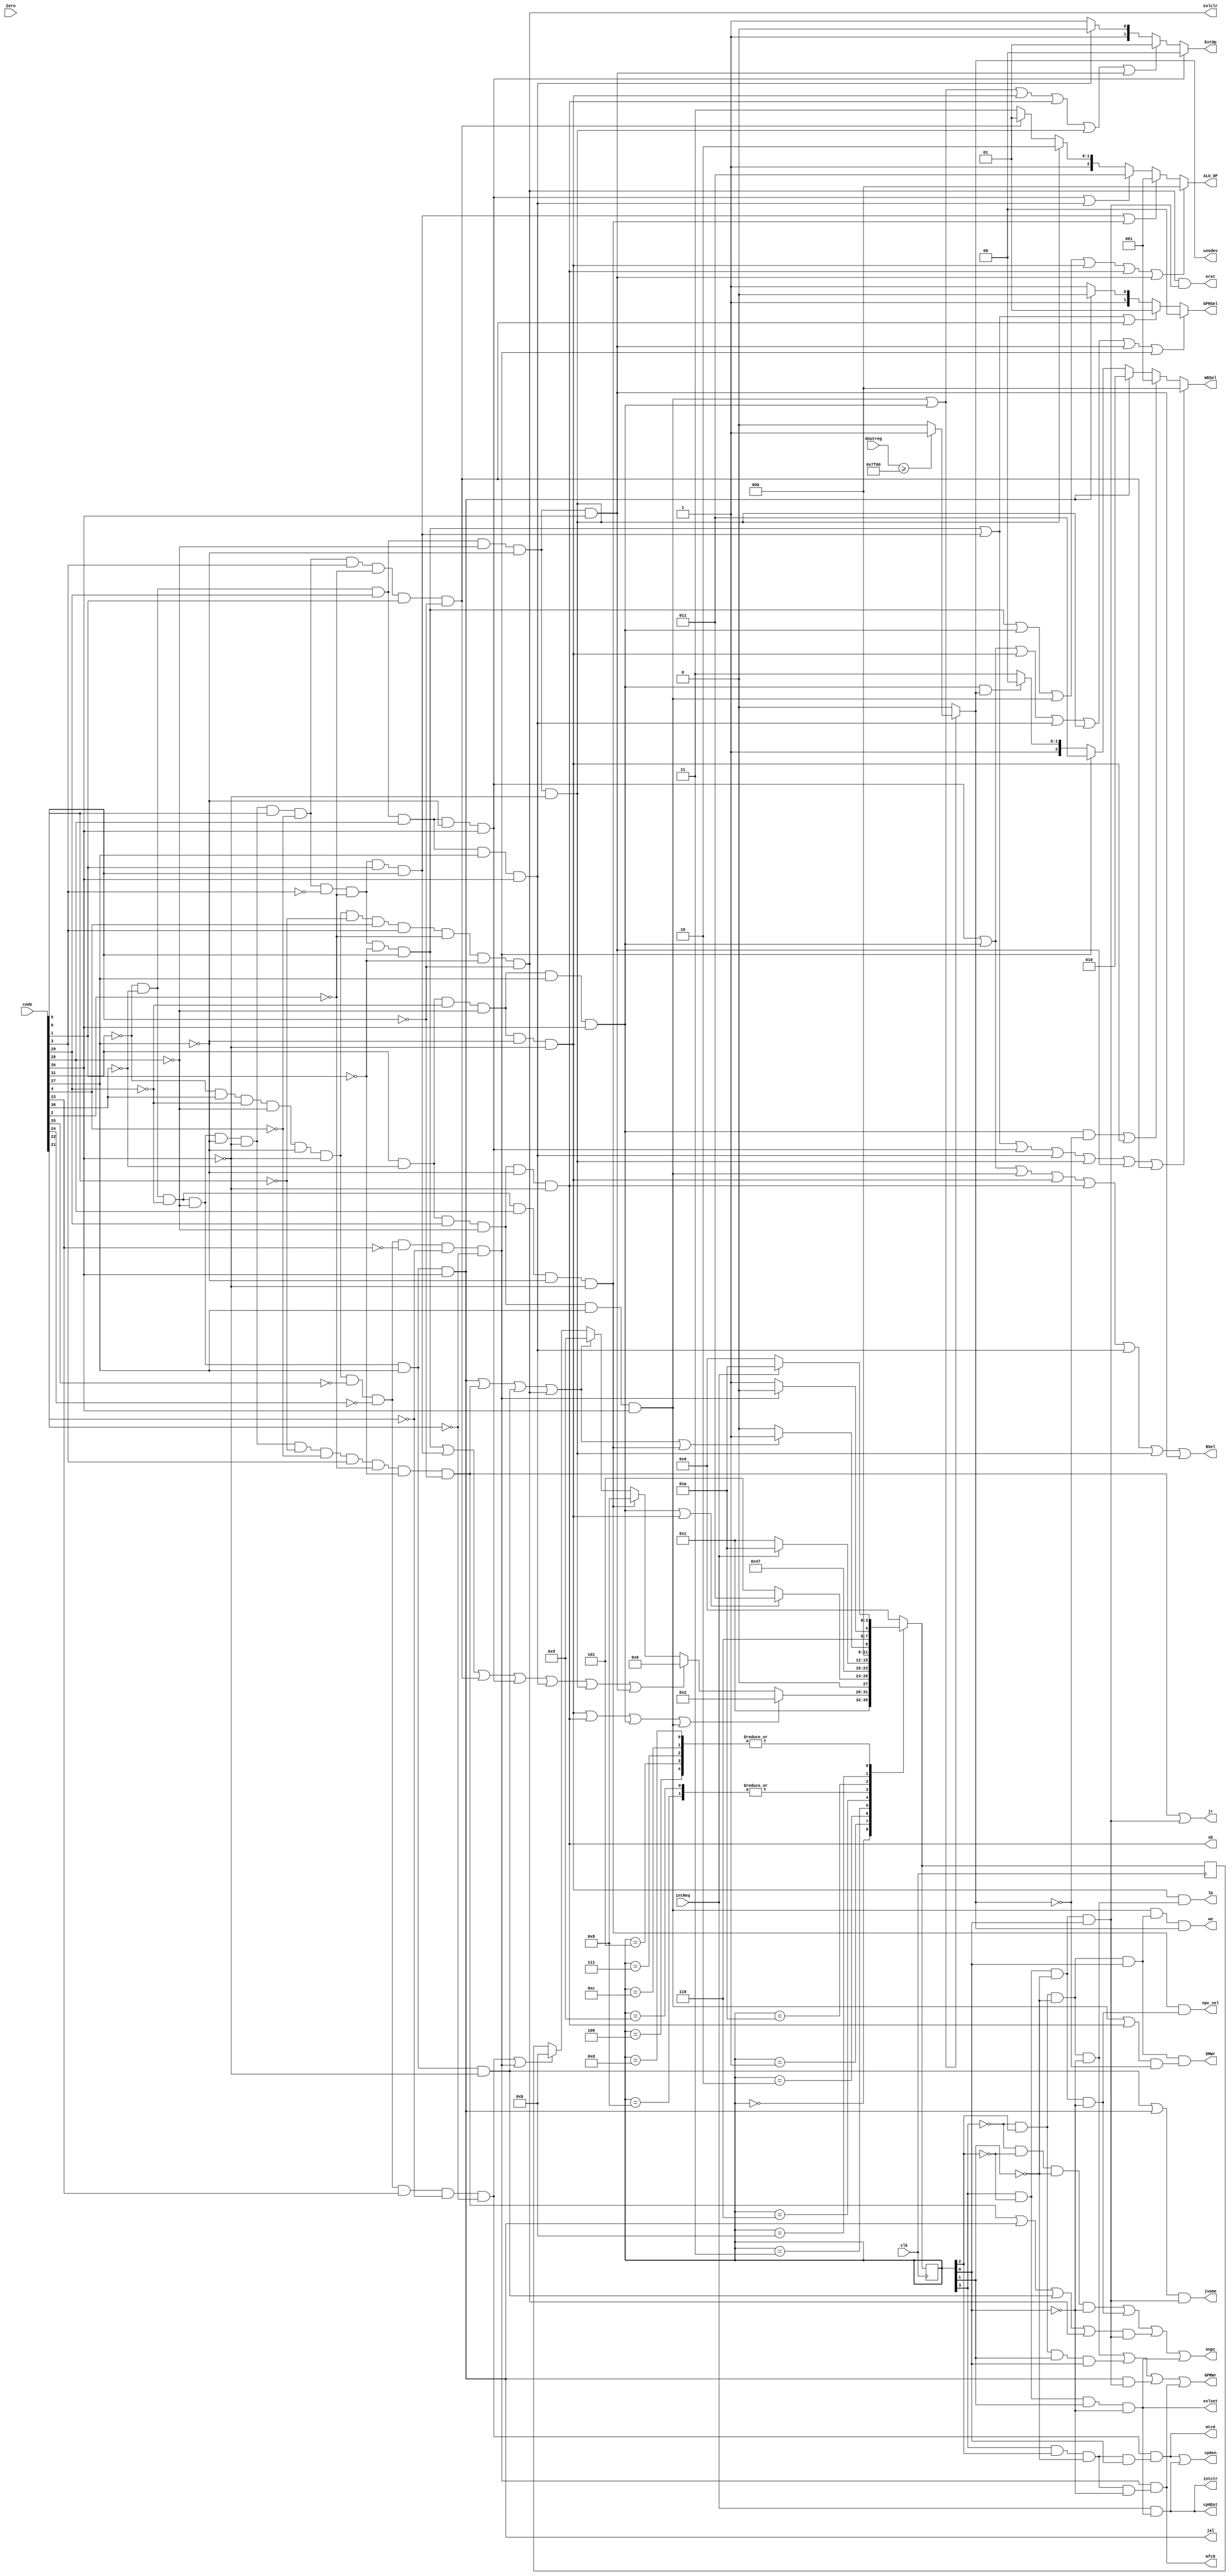
module contro(intReq,clk,code,Zero,ALU_OP,WDSel,GPRSel,ExtOp,GPRWr,BSel,DMWr,jsome,npc_sel,jr,jal,sb,lb,enpc,eret,mfc0,mtc0,cp0Dst,cp0en,doutreg,exlset,exlclr,intctr,usedev,we);
  
input intReq;
input clk;
input [31:0] code;
input Zero;
input [31:0] doutreg;
output wire exlset,exlclr,intctr,usedev,we;
output wire [2:0] ALU_OP;
output wire GPRWr,BSel,DMWr,jsome,jr,npc_sel,jal,sb,lb,enpc,eret,mfc0,mtc0,cp0Dst,cp0en;    //jsome is about j/jal decite and so on,   npc_sel is for beq 
//output reg IrWr;
output wire [1:0] GPRSel,ExtOp;
output wire [2:0] WDSel;
wire addu1,subu1,slt1,jr1,ori1,lw1,sw1,beq1,lui1,addi1,addiu1,lb1,sb1,j1,jal1,eret1,mfc01,mtc01;
wire s0, s1, s2, s3, s4, s5, s6, s7, s8, s9, s10, s11, s12, s13;
	reg [3:0] fsm, nextfsm;
	assign s0 = ~fsm[3] & ~fsm[2] & ~fsm[1] & ~fsm[0];
	assign s1 = ~fsm[3] & ~fsm[2] & ~fsm[1] & fsm[0];
	assign s2 = ~fsm[3] & ~fsm[2] & fsm[1] & ~fsm[0];
	assign s3 = ~fsm[3] & ~fsm[2] & fsm[1] & fsm[0];
	assign s4 = ~fsm[3] & fsm[2] & ~fsm[1] & ~fsm[0];
	assign s5 = ~fsm[3] & fsm[2] & ~fsm[1] & fsm[0];
	assign s6 = ~fsm[3] & fsm[2] & fsm[1] & ~fsm[0];
	assign s7 = ~fsm[3] & fsm[2] & fsm[1] & fsm[0];
	assign s8 = fsm[3] & ~fsm[2] & ~fsm[1] & ~fsm[0];
	assign s9 = fsm[3] & ~fsm[2] & ~fsm[1] & fsm[0];
	assign s10= fsm[3] & ~fsm[2] & fsm[1] & ~fsm[0];
	assign s11= fsm[3] & ~fsm[2] & fsm[1] & fsm[0];
	assign s12= fsm[3] & fsm[2] & ~fsm[1] & ~fsm[0];
	assign s13= fsm[3] & fsm[2] & ~fsm[1] & fsm[0];
  
  assign addu1=!code[31]&!code[30]&!code[29]&!code[28]&!code[27]&!code[26]&code[5]&!code[4]&!code[3]&!code[2]&!code[1]&code[0];   //000000 100001
  assign subu1=!code[31]&!code[30]&!code[29]&!code[28]&!code[27]&!code[26]&code[5]&!code[4]&!code[3]&!code[2]&code[1]&code[0];    //000000 100011
  assign slt1=!code[31]&!code[30]&!code[29]&!code[28]&!code[27]&!code[26]&code[5]&!code[4]&code[3]&!code[2]&code[1]&!code[0];     //000000 101010
  assign jr1=!code[31]&!code[30]&!code[29]&!code[28]&!code[27]&!code[26]&!code[5]&!code[4]&code[3]&!code[2]&!code[1]&!code[0];    //000000 001000
    
  assign ori1=!code[31]&!code[30]&code[29]&code[28]&!code[27]&code[26];   //001101
  assign lw1=code[31]&!code[30]&!code[29]&!code[28]&code[27]&code[26];    //100011
  assign sw1=code[31]&!code[30]&code[29]&!code[28]&code[27]&code[26];     //101011
  assign beq1=!code[31]&!code[30]&!code[29]&code[28]&!code[27]&!code[26];      //000100
  assign lui1=!code[31]&!code[30]&code[29]&code[28]&code[27]&code[26];      //001111
  assign addi1=!code[31]&!code[30]&code[29]&!code[28]&!code[27]&!code[26];     //001000
  assign addiu1=!code[31]&!code[30]&code[29]&!code[28]&!code[27]&code[26];    //001001
  assign lb1=code[31]&!code[30]&!code[29]&!code[28]&!code[27]&!code[26];       //100000
  assign sb1=code[31]&!code[30]&code[29]&!code[28]&!code[27]&!code[26];       //101000
  
  assign eret1 = !code[31]&code[30]&!code[29]&!code[28]&!code[27]&!code[26]&!code[5]&code[4]&code[3]&!code[2]&!code[1]&!code[0]; //010000 011000
	assign mtc01 = !code[31]&code[30]&!code[29]&!code[28]&!code[27]&!code[26]&!code[25]&!code[24]&code[23]&!code[22]&!code[21];    //01000000100
	assign mfc01 = !code[31]&code[30]&!code[29]&!code[28]&!code[27]&!code[26]&!code[25]&!code[24]&!code[23]&!code[22]&!code[21];   //01000000000
  //assign bgez1=!code[31]&!code[30]&!code[29]&!code[28]&!code[27]&code[26];    //000001
  
  assign j1=!code[31]&!code[30]&!code[29]&!code[28]&code[27]&!code[26];        //000010
  assign jal1=!code[31]&!code[30]&!code[29]&!code[28]&code[27]&code[26];      //000011

  assign GPRWr= s4 | s7 | (jal1&s9) | mfc01 & s12;
  assign BSel= ori1 | lw1 | sw1 | lb1 | sb1 | lui1 | addi1 | addiu1;
  assign DMWr= s5 & ((sw1|sb1)& ~usedev);
  assign jsome = (j1 | jal1) & s9;
  assign jr = jr1 | s9;
  assign npc_sel = beq1 & s8;
  assign jal =  jal1;
  assign sb = sb1;
  assign lb = lb1 & s4;
  assign enpc = s0 | s8 | ((jr1 | jal1 | j1 | eret1) & s9) | s10;
  
  assign eret= eret1 & s9;
  assign mtc0= mtc01 & s13;
  assign mfc0= mfc01 & s12;
  
  assign cp0Dst = intReq & s10;
  assign cp0en = mtc0 | (intReq & s10);
 
 
  
  assign exlset = s10;
  assign exlclr = eret1;
  assign intctr = intReq & s10;
  assign usedev = ( sw1 | lw1)? doutreg>=32'h00007f00 ?1:0:0;
  assign we = (sw1 & s5 & usedev);
  
  
  
  assign ALU_OP=(addu1 | lw1 | sw1 | lb1 | sb1 | addiu1)?3'b000: (subu1 | beq1)?3'b001: (ori1 | lui1)?3'b011: (addi1)?3'b110: (slt1)?3'b101:3'b111; 
  
  assign WDSel=(addu1 | subu1 | ori1 | lui1 | addi1 | addiu1 | slt1)?3'b000: ((lw1 &~usedev) | lb1)?3'b001: (jal1)?3'b010: (mfc01)?3'b011: (lw1 & usedev)?3'b100:3'b111;
  assign GPRSel=(ori1 | lw1 | lb1 | lui1 | addi1 | addiu1 | mfc01)?2'b00: (addu1 | subu1 | slt1 )?2'b01: (jal1)?2'b10:2'b11;
  assign ExtOp=(ori1)?2'b00: (lw1 | sw1 | lb1 | sb1 | addi1 | addiu1 )?2'b01: (lui1)?2'b10:2'b11;
 
  initial
  begin
    fsm=1;
  end
  
    always @(posedge clk) 
		 begin
			case (fsm)
				0: nextfsm = 1;	
				1: begin 
					if (lb1 || sb1 || lw1 || sw1) begin 
						nextfsm = 2;
					end else if (addu1 || subu1 || slt1 || ori1 || lui1 || addi1 || addiu1) begin 
						nextfsm = 6;
					end else if (beq1) begin
						nextfsm = 8;
					end else if (jal1 || jr1 || j1 || eret1) begin 
						nextfsm = 9;
					
					end  else if (mtc01 || mfc01) begin 
						nextfsm = 11;
					end
				end
				2: begin 
					if (lw1 || lb1) begin 
						nextfsm = 3;
					end else 
						nextfsm = 5;
				end
				3: begin
					nextfsm = 4;
				end
				4:begin
				    if(intReq)begin
				          nextfsm = 10;
				     end else begin
				          nextfsm = 0;
				     end
				  end
				5: begin
				    if(intReq)begin
				          nextfsm = 10;
				     end else begin
				          nextfsm = 0;
				     end
				  end
				
				6: nextfsm = 7;
				7: begin
				    if(intReq)begin
				          nextfsm = 10;
				     end else begin
				          nextfsm = 0;
				     end
				  end
				8: begin
				    if(intReq)begin
				          nextfsm = 10;
				     end else begin
				          nextfsm = 1;
				     end
				  end
				9: begin
				    if(intReq)begin
				          nextfsm = 10;
				     end else begin
				          nextfsm = 1;
				     end
				  end
				10:begin
				     if (jal1 || jr1 || j1 || eret1 ||beq1) begin 
						      nextfsm = 1;
					   end
					   else begin
					       nextfsm = 0;
					     end
				     end
				11:begin 
					if (mfc01) begin 
						nextfsm = 12;
					end else begin 
						nextfsm = 13;
					end
				end
				12:begin 
					if (intReq) begin 
						nextfsm = 10;
					end else begin 
						nextfsm = 0;
					end
				end
				13:begin 
					if (intReq) begin 
						nextfsm = 10;
					end else begin 
						nextfsm = 0;
					end
				end
				
				default : nextfsm = 0;
			endcase
		
		fsm <= nextfsm;
	end
endmodule